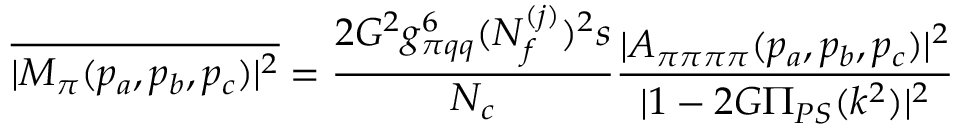
\overline { { { | { \cal M } _ { \pi } ( p _ { a } , p _ { b } , p _ { c } ) | ^ { 2 } } } } = \frac { 2 G ^ { 2 } g _ { \pi q q } ^ { 6 } ( N _ { f } ^ { ( j ) } ) ^ { 2 } s } { N _ { c } } \frac { | A _ { \pi \pi \pi \pi } ( p _ { a } , p _ { b } , p _ { c } ) | ^ { 2 } } { | 1 - 2 G \Pi _ { P S } ( k ^ { 2 } ) | ^ { 2 } }